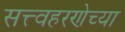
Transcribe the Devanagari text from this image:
सत्त्वहरणेच्या